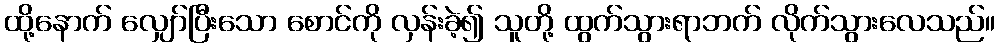
ထို့နောက် လျှော်ပြီးသော စောင်ကို လှန်းခဲ့၍ သူတို့ ထွက်သွားရာဘက် လိုက်သွားလေသည်။